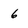
Character: 6